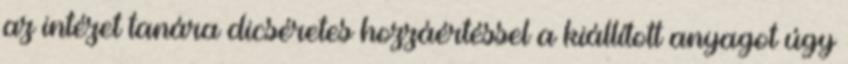
az intézet tanára dicséretes hozzáértéssel a kiállított anyagot úgy